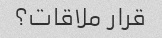
قرار ملاقات؟